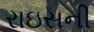
રાઇસની